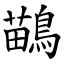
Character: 鶓